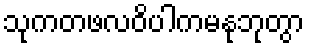
သုကတဖလဝိပါကမနုဘုတွာ